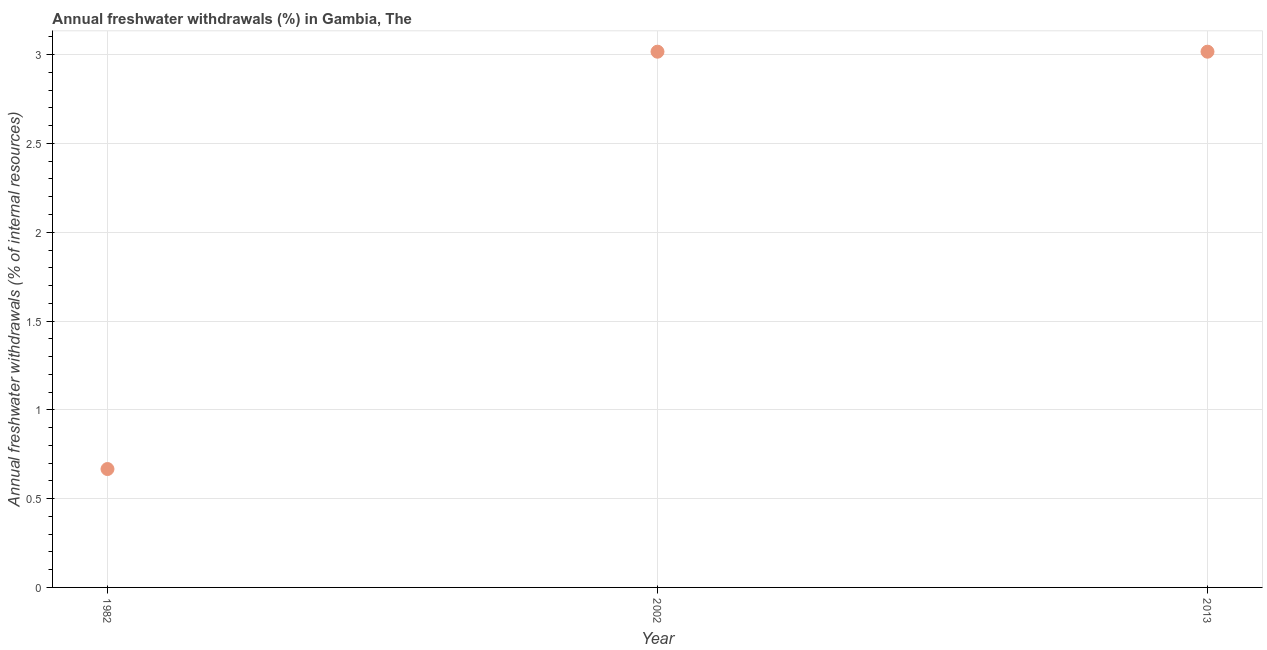
| Year | Annual freshwater withdrawals |
 | --- | --- |
 | 1982 | 0.667 |
 | 2002 | 3.02 |
 | 2013 | 3.02 |